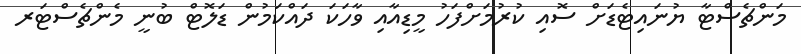
މަންޗެސްޓާ ޔުނައިޓެޑަށް ސޮއި ކުރުމަށްފަހު މީޑިއާއި ވާހަކަ ދައްކަމުން ޑަލޮޓް ބުނީ މެންޗެސްޓަރ